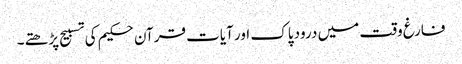
فارغ وقت میں درود پاک اور آیات قرآن حکیم کی تسبیح پڑھتے۔